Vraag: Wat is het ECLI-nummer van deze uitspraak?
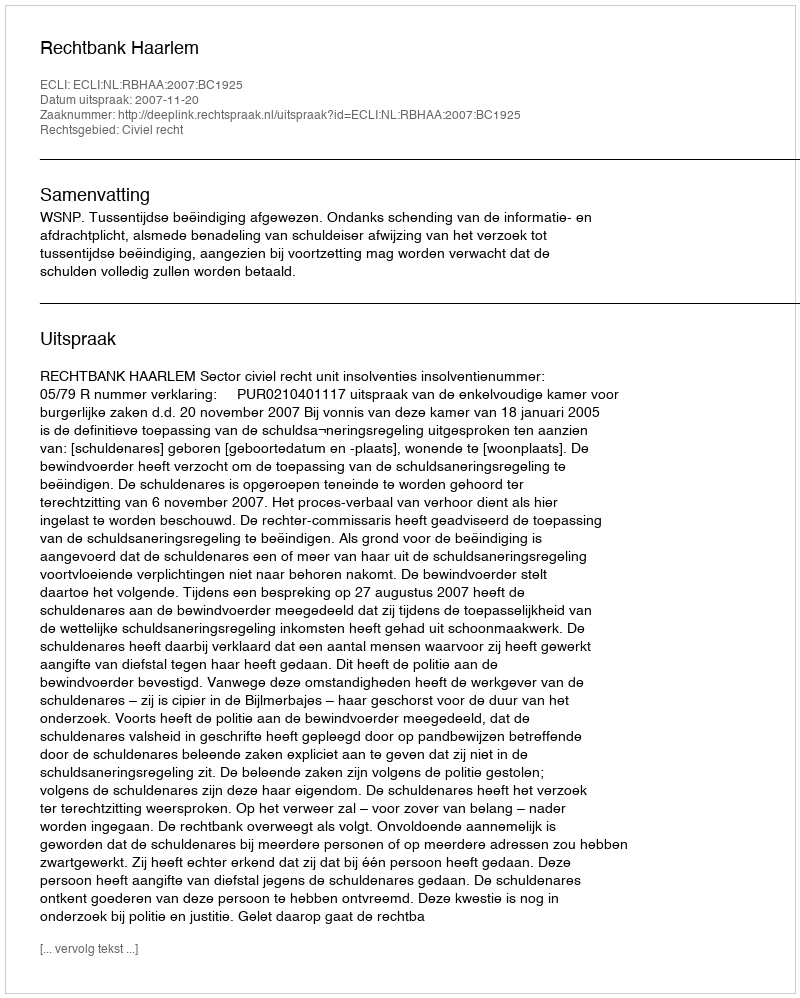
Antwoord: ECLI:NL:RBHAA:2007:BC1925